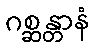
ဂစ္ဆန္တာနံ